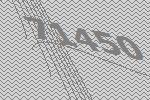
71450